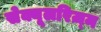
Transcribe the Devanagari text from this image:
सेक्यूलरिज़्म